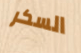
السكر